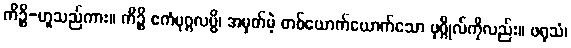
ကိဉ္စိ-ဟူသည်ကား။ ကိဉ္စိ ဧကံပုဂ္ဂလမ္ပိ၊ အမှတ်မဲ့ တစ်ယောက်ယောက်သော ပုဂ္ဂိုလ်ကိုလည်း။ ဖရုသံ၊